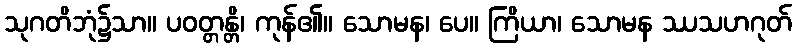
သုဂတိဘုံ၌သာ။ ပဝတ္တန္တိ၊ ကုန်၏။ သောမန၊ ပေ။ ကြိယာ၊ သောမန ဿသဟဂုတ်